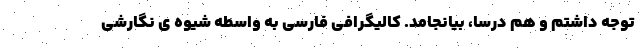
توجه داشتم و هم درسا، بیانجامد. کالیگرافی فارسی به واسطه شیوه ی نگارشی